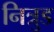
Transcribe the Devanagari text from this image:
नित्रुड